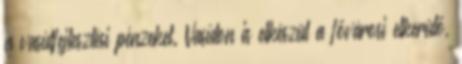
a vasútfejlesztési pénzeket. Vasúton is elkészül a fővárosi elkerülő,